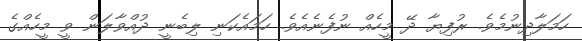
ހަމަލާދިނުމެވެ. ރުފިޔާ ދޭ މީހެއް ނުފެނެއެވެ. ހަމައެކަނި ލިބެނީ ދުއްވާލަން ވީ މީހެއްގެ